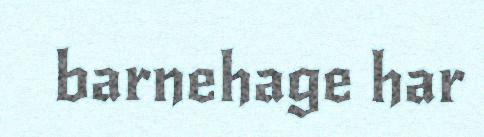
barnehage har